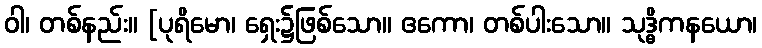
ဝါ၊ တစ်နည်း။ [ပုရိမော၊ ရှေး၌ဖြစ်သော။ ဧကော၊ တစ်ပါးသော။ သုဒ္ဓိကနယော၊